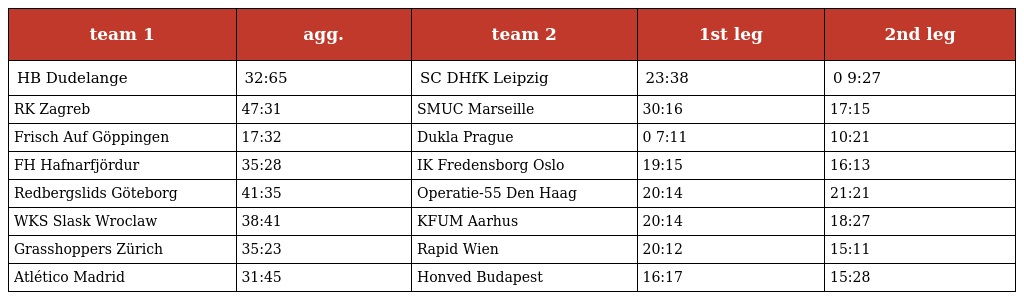
| team 1 | agg. | team 2 | 1st leg | 2nd leg |
 | --- | --- | --- | --- | --- |
 | HB Dudelange | 32:65 | SC DHfK Leipzig | 23:38 | 0 9:27 |
 | RK Zagreb | 47:31 | SMUC Marseille | 30:16 | 17:15 |
 | Frisch Auf Göppingen | 17:32 | Dukla Prague | 0 7:11 | 10:21 |
 | FH Hafnarfjördur | 35:28 | IK Fredensborg Oslo | 19:15 | 16:13 |
 | Redbergslids Göteborg | 41:35 | Operatie-55 Den Haag | 20:14 | 21:21 |
 | WKS Slask Wroclaw | 38:41 | KFUM Aarhus | 20:14 | 18:27 |
 | Grasshoppers Zürich | 35:23 | Rapid Wien | 20:12 | 15:11 |
 | Atlético Madrid | 31:45 | Honved Budapest | 16:17 | 15:28 |